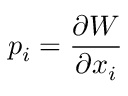
p _ { i } = \frac { \partial W } { \partial x _ { i } }